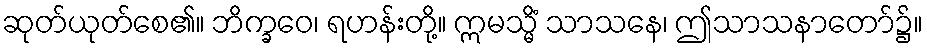
ဆုတ်ယုတ်စေ၏။ ဘိက္ခဝေ၊ ရဟန်းတို့။ ဣမသ္မိံ သာသနေ၊ ဤသာသနာတော်၌။